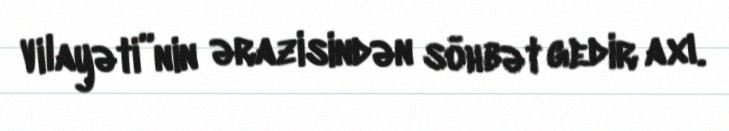
Vilayəti”nin ərazisindən söhbət gedir axı.